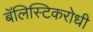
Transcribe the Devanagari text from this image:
बॅलिस्टिकरोधी